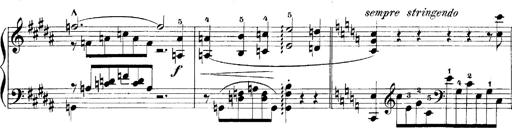
Title: LiebestrÃ¤ume
Composer: Franz Behr
Key: E-flat major